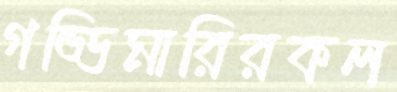
গড্ডিমারিরকল